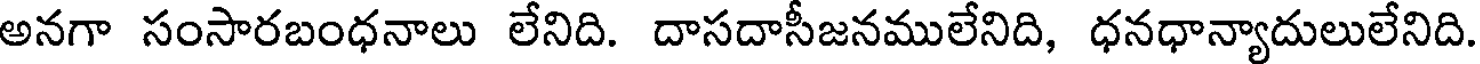
అనగా సంసారబంధనాలు లేనిది. దాసదాసీజనములేనిది, ధనధాన్యాదులులేనిది